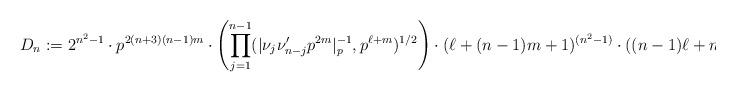
LaTeX: \begin{align*}\begin{aligned} D_n := 2^{n^2-1} \cdot p^{2(n+3)(n-1)m} \cdot \left(\prod_{j=1}^{n-1} (|\nu_j\nu_{n-j}' p^{2m}|_p^{-1},p^{\ell+m})^{1/2}\right) \cdot (\ell+(n-1)m+1)^{(n^2-1)} \cdot ((n-1)\ell+n)^{\frac{n^3}{2}}.\end{aligned} \end{align*}